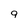
Character: 9